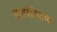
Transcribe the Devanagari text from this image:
लायबेरियाच्या